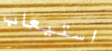
استيعاب